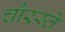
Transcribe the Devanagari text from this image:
चौरस्ते